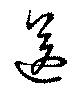
送